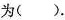
为()。